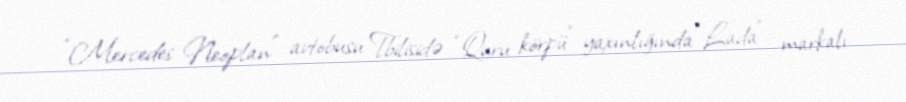
“Mercedes Neoplan” avtobusu Tbilisidə “Quru körpü” yaxınlığında “Lada” markalı